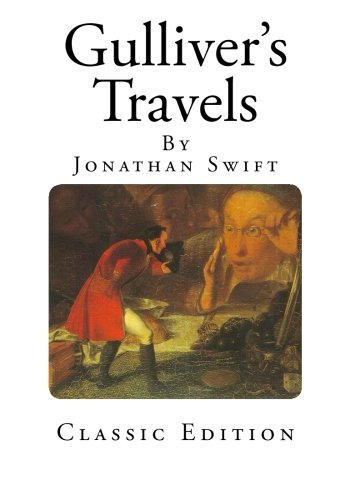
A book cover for Gulliver's Travels; Jonathan Swift; Science Fiction & Fantasy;